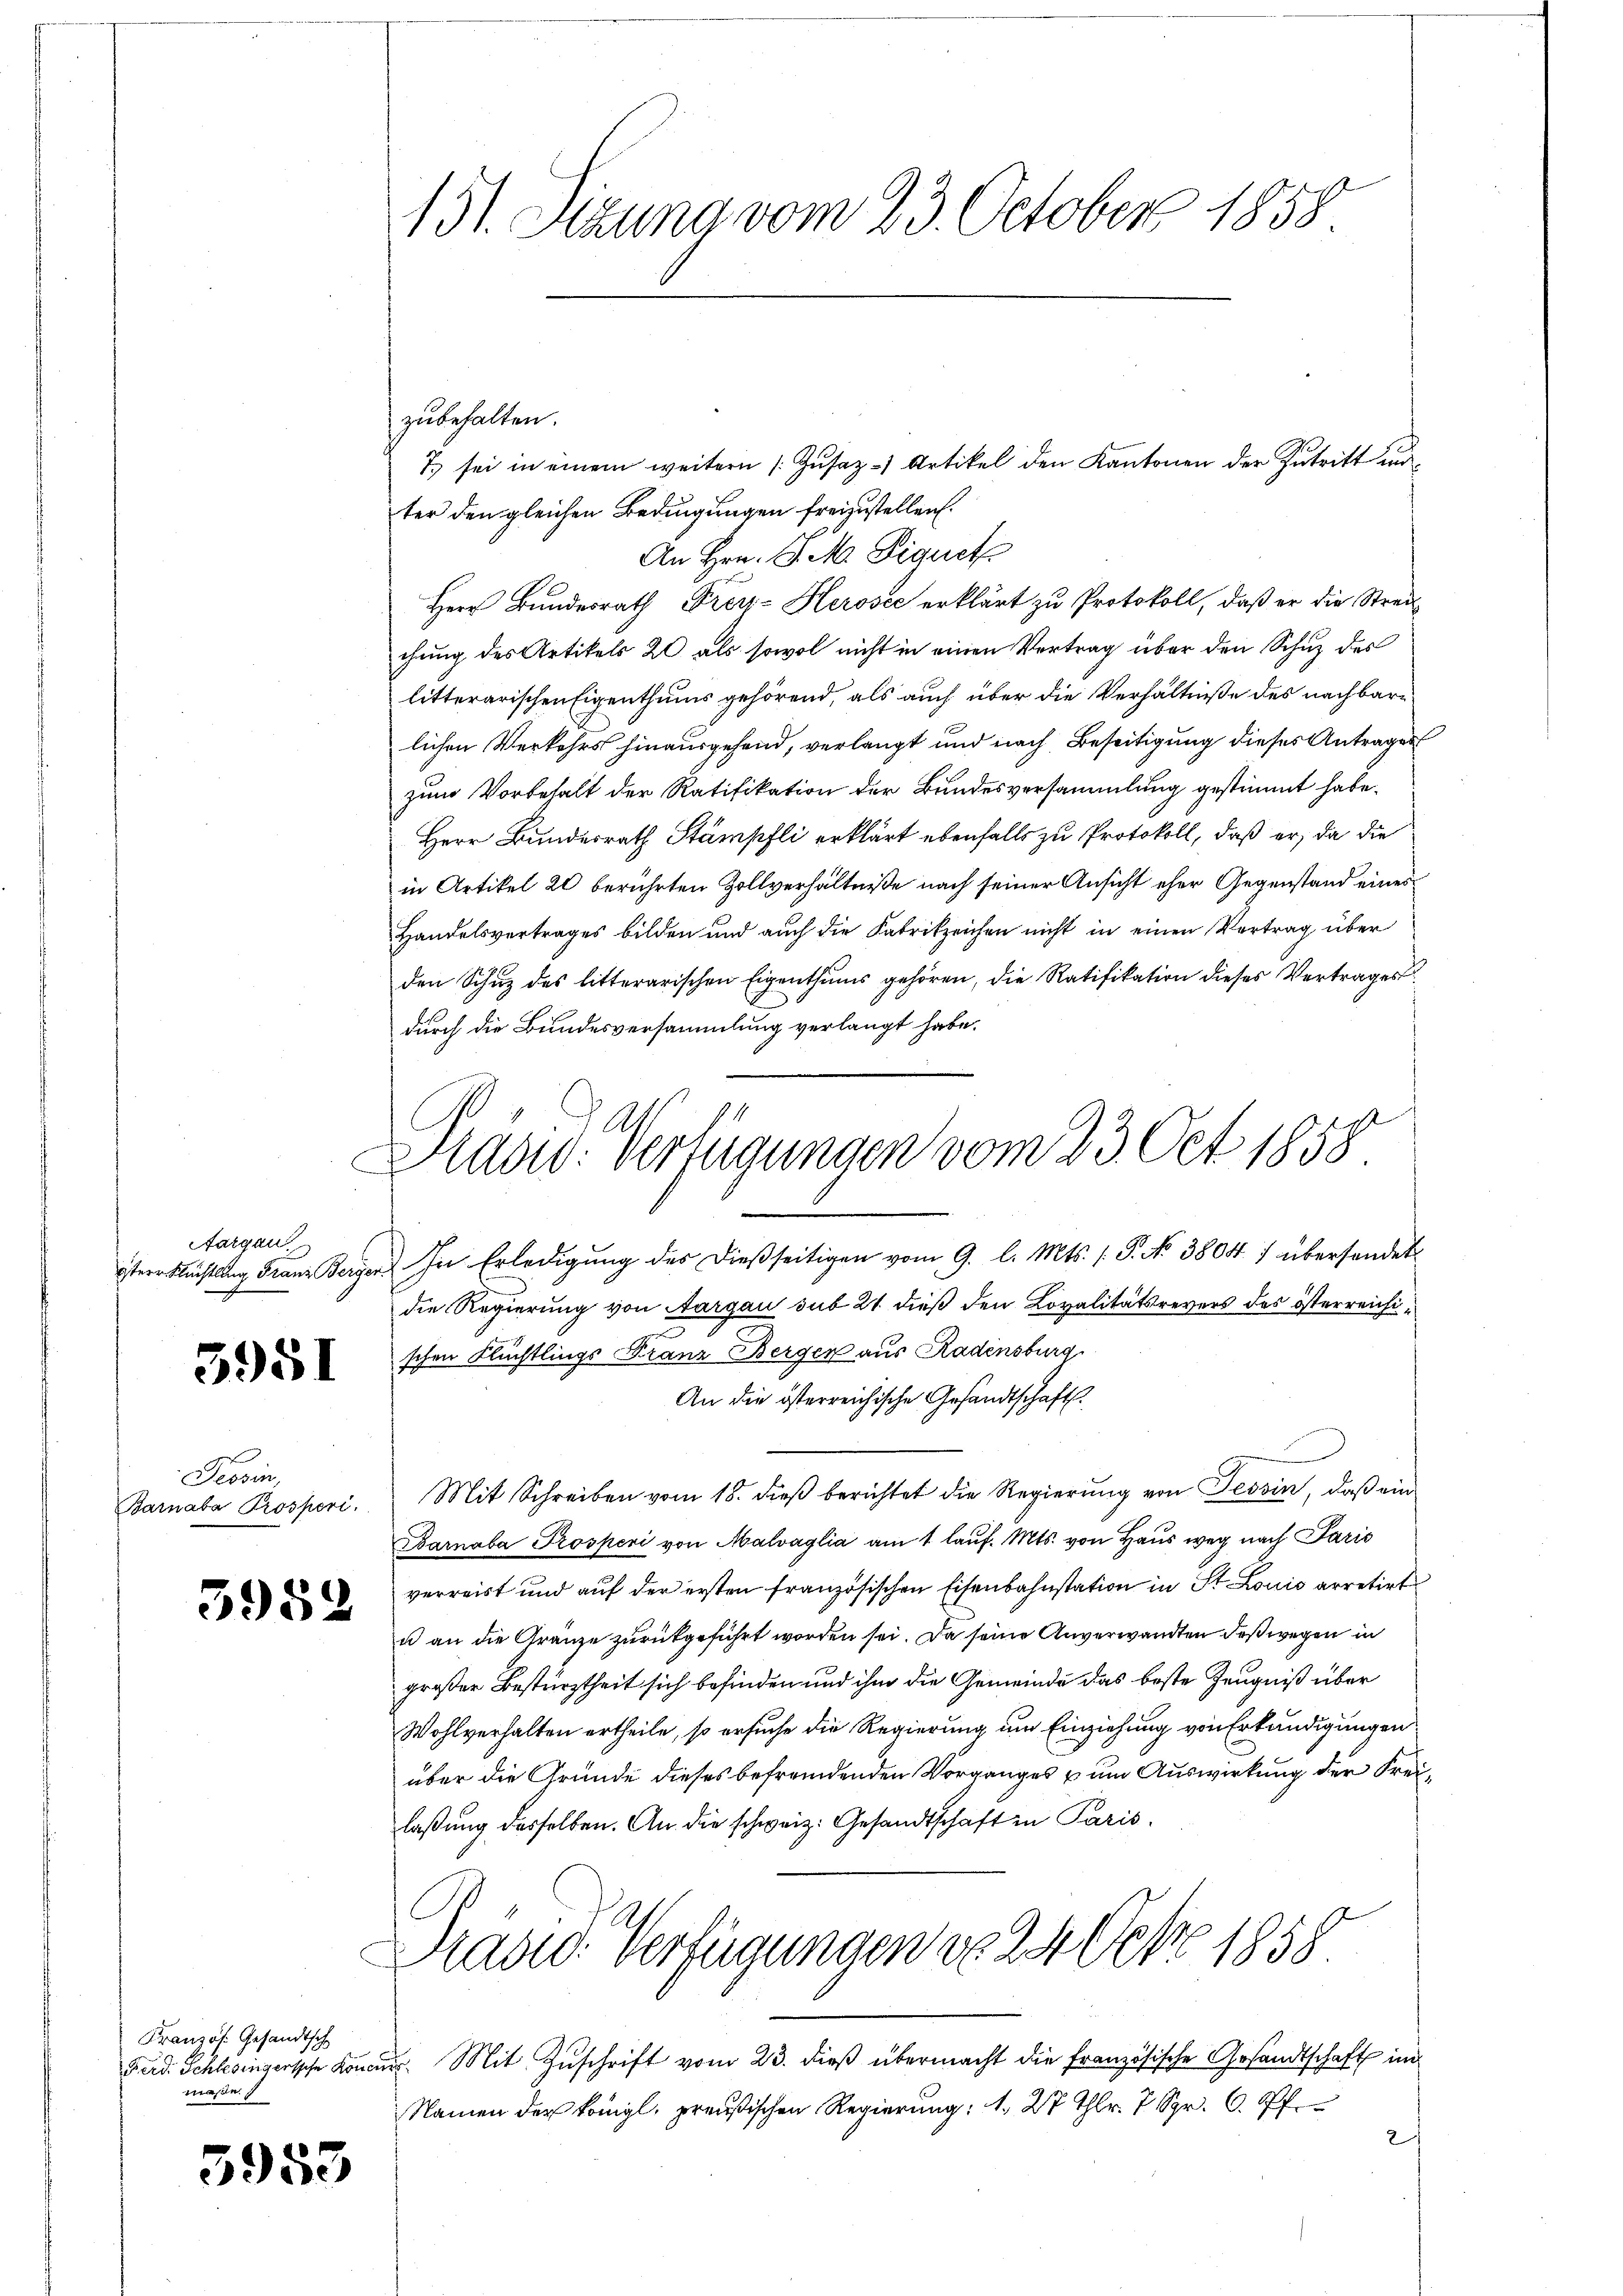
E

Aargau

3951

Tessin,
Barnaba Prosperi

3982

Französ. Gesandtsch
maße

5953

131. Sitzung vom 23. October 1858.

Pradv. Verfügungen vom 23. Oct. 1858

zubehalten.
7. sei in einem weitern s. Zŭsaz Artikel den Kantonen der Zutritt und
ter den gleichen Bedingungen freizustellen.
An Hrn. J. M. Piquet
Herr Bundesrath Frey- Herosec erklärt zu Protokoll, daß er die Streichung des Artikels 20 als sowol nicht in einen Vertrag über den Schuz des
litterarischen Eigenthums gehörend, als auch über die Verhältniße des nachbare
lichen Verkehrs hinausgefand, verlangt und nach Beseitigung dieses Antrages
zum Vorbehalt der Ratifikation der Bundesversammlung gestimmt habe.
Herr Bundesrath Stämpfli erklärt ebenfalls zu Protokoll, daß er, da die
in Artikel 20 berührten Zollverhältniße nach seiner Ansicht eher Gegenstand eines
Handelsvertrages bilden und auch die Fabrikzeichen nicht in einen Vertrag über
den Schuz des litterarischen Eigenthums gehören, die Ratifikation dieses Vertrages
durch die Bundesversammlung verlangt habe.
ternklichtung Franz Berger. In Erledigŭng des dießseitigen vom 9. l. Mts. (T. No 38047 übersendet
die Regierung von Aargau sub 21 dieß den Lovalitätsrevers des österreichischen Flüchtlings Franz Berger aus Radensburg
An die österreichische Gesandtschaft.
Mit Schreiben vom 18. dieβ berichtet die Regierung von Tessin, daß ein¬
Barnaba Prosperi von Malvaglia am 1. laŭf. Mts. von Haus weg nach Paris
verreist und aŭf der ersten französischen Eisenbahnstation in St. Louis arretirt
u an die Gränze zurückgeführt worden sei. Da seine Anverwandten deßwegen in
großer Bestürztheit sich befinden und ihm die Gemeinde das beste Zeugniß über
Wohlverhalten ertheile, so ersuche die Regierung um Einziehung von Erkundigungen
über die Gründe dieses befremdenden Vorganges & um Auswirkung der Freilaßung desselben. An die schweiz. Gesandtschaft in Paris
Brasid. Verfügungen No 24 Oct. 1858.
Ferd. Schlesingerssche Konur. Mit Zuschrift vom 23. dieß übermacht die französische Gesandtschaft in
Namen der königl. preußischen Regierung: 1. 27 Thlr. 7 Spr. 6. Pf.
2